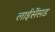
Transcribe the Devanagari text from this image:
लाईसेंसड